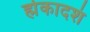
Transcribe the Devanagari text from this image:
ह्मेकादशं